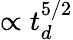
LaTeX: \propto t_{d}^{5/2}